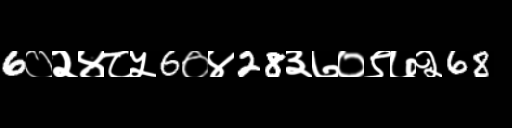
Text: 6०२४८५6०४28३७०९७२68